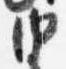
由